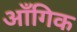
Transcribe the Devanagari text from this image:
आँगिक